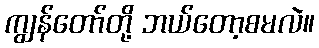
ကျွန်တော်တို့ ဘယ်တော့စမလဲ။